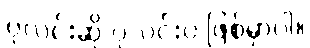
ပုလင်းဆို ပုလင်းပဲ ဖြစ်မှာပါ။